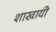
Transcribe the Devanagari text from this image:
शाखायी